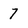
Character: 7